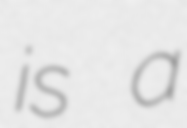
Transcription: is a